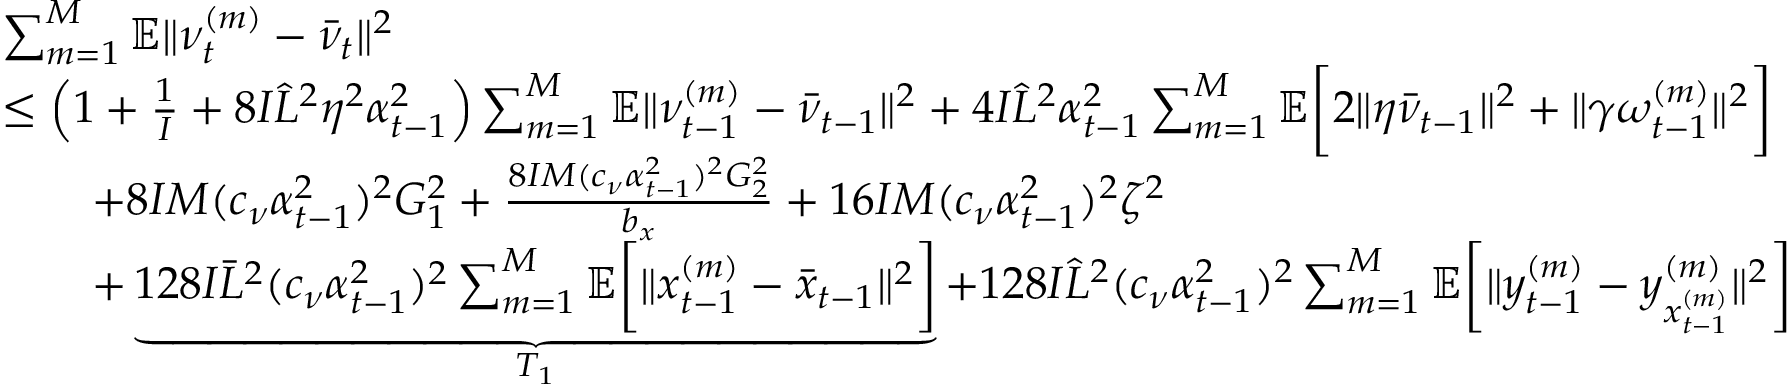
\begin{array} { r l } & { \sum _ { m = 1 } ^ { M } \mathbb { E } \| \nu _ { t } ^ { ( m ) } - \bar { \nu } _ { t } \| ^ { 2 } } \\ & { \leq \left( 1 + \frac { 1 } { I } + 8 I \hat { L } ^ { 2 } \eta ^ { 2 } \alpha _ { t - 1 } ^ { 2 } \right) \sum _ { m = 1 } ^ { M } \mathbb { E } \| \nu _ { t - 1 } ^ { ( m ) } - \bar { \nu } _ { t - 1 } \| ^ { 2 } + 4 I \hat { L } ^ { 2 } \alpha _ { t - 1 } ^ { 2 } \sum _ { m = 1 } ^ { M } \mathbb { E } \bigg [ 2 \| \eta \bar { \nu } _ { t - 1 } \| ^ { 2 } + \| \gamma \omega _ { t - 1 } ^ { ( m ) } \| ^ { 2 } \bigg ] } \\ & { \qquad + 8 I M ( c _ { \nu } \alpha _ { t - 1 } ^ { 2 } ) ^ { 2 } G _ { 1 } ^ { 2 } + \frac { 8 I M ( c _ { \nu } \alpha _ { t - 1 } ^ { 2 } ) ^ { 2 } G _ { 2 } ^ { 2 } } { b _ { x } } + 1 6 I M ( c _ { \nu } \alpha _ { t - 1 } ^ { 2 } ) ^ { 2 } \zeta ^ { 2 } } \\ & { \qquad + \underbrace { 1 2 8 I \bar { L } ^ { 2 } ( c _ { \nu } \alpha _ { t - 1 } ^ { 2 } ) ^ { 2 } \sum _ { m = 1 } ^ { M } \mathbb { E } \bigg [ \| x _ { t - 1 } ^ { ( m ) } - \bar { x } _ { t - 1 } \| ^ { 2 } \bigg ] } _ { T _ { 1 } } + 1 2 8 I \hat { L } ^ { 2 } ( c _ { \nu } \alpha _ { t - 1 } ^ { 2 } ) ^ { 2 } \sum _ { m = 1 } ^ { M } \mathbb { E } \bigg [ \| y _ { t - 1 } ^ { ( m ) } - y _ { x _ { t - 1 } ^ { ( m ) } } ^ { ( m ) } \| ^ { 2 } \bigg ] } \end{array}